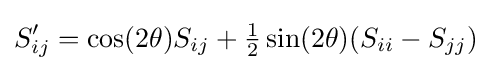
S'_{ij}=\cos(2\theta )S_{ij}+{\tfrac {1}{2}}\sin(2\theta )(S_{ii}-S_{jj})